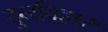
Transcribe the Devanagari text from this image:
दुर्व्‍यवहार